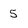
Character: 5